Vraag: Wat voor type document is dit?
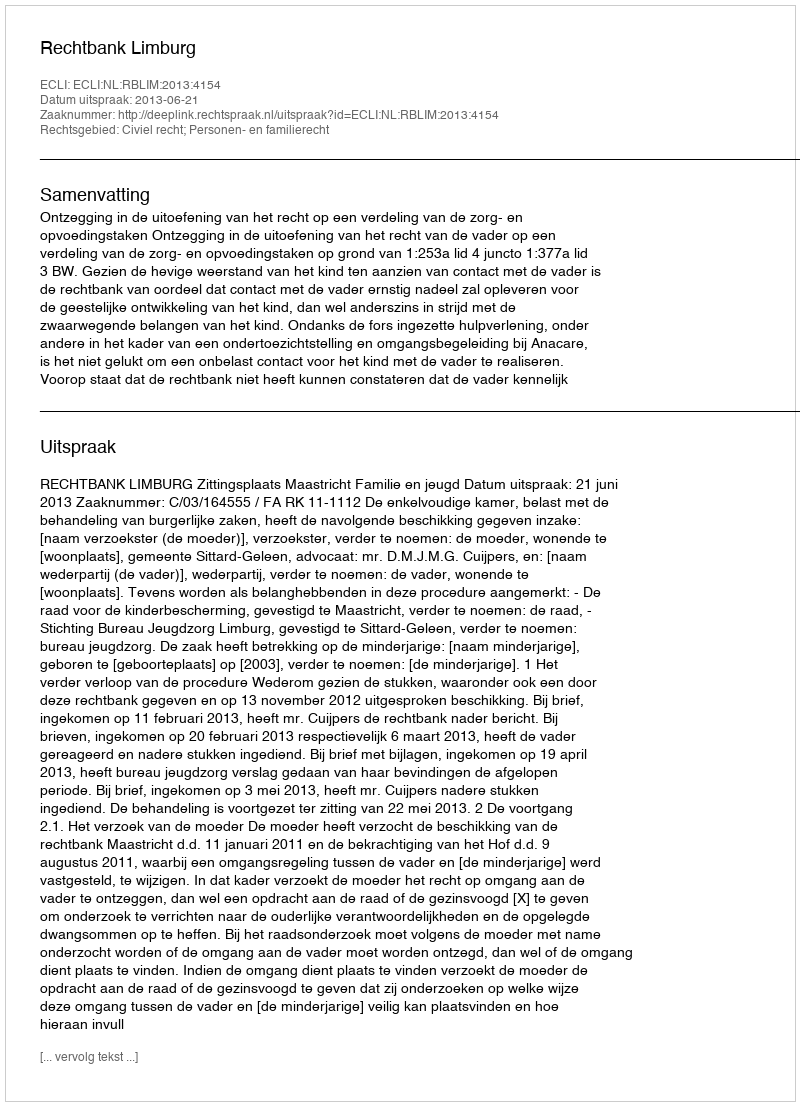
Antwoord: Uitspraak